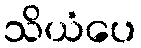
သိယံပေ